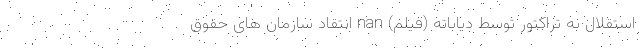
استقلال به تراکتور توسط دیاباته (فیلم) nan انتقاد سازمان های حقوق